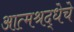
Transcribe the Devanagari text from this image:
आत्मश्रद्धेचे